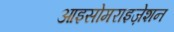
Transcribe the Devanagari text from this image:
आइसोमराइज़ेशन